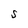
Character: S